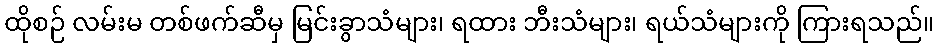
ထိုစဉ် လမ်းမ တစ်ဖက်ဆီမှ မြင်းခွာသံများ၊ ရထား ဘီးသံများ၊ ရယ်သံများကို ကြားရသည်။